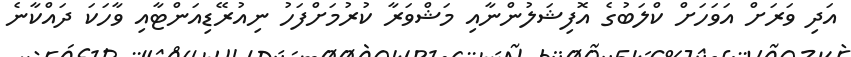
އަދި ވަރަށް އަވަހަށް ކްލަބުގެ އޮފިޝަލުންނާއި މަޝްވަރާ ކުރުމަށްފަހު ނިއުރޭޑިއަންޓާއި ވާހަކަ ދައްކާނެ